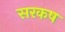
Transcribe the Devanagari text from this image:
सरकष